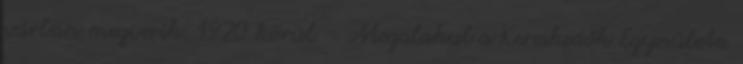
várban megverik. 1920 körül – Megalakul a Kereskedők Egyesülete.